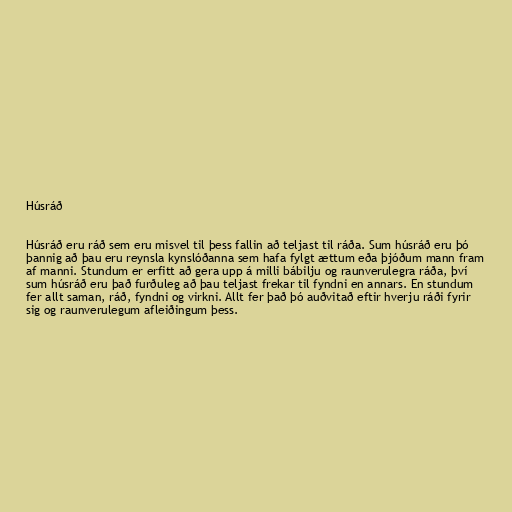
Húsráð

Húsráð eru ráð sem eru misvel til þess fallin að teljast til ráða. Sum húsráð eru þó
þannig að þau eru reynsla kynslóðanna sem hafa fylgt ættum eða þjóðum mann fram
af manni. Stundum er erfitt að gera upp á milli bábilju og raunverulegra ráða, því
sum húsráð eru það furðuleg að þau teljast frekar til fyndni en annars. En stundum
fer allt saman, ráð, fyndni og virkni. Allt fer það þó auðvitað eftir hverju ráði fyrir
sig og raunverulegum afleiðingum þess.